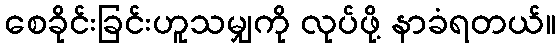
စေခိုင်းခြင်းဟူသမျှကို လုပ်ဖို့ နာခံရတယ်။